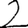
Digit: 2